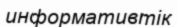
информативтік